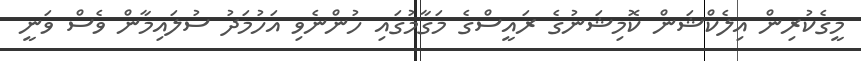
މީގެކުރިން އިލެކްޝަން ކޮމިޝަނުގެ ރައީސްގެ މަގާމުގައި ހުންނެވި އަހުމަދު ސުލައިމާން ވެސް ވަނީ